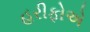
હરીફોએ